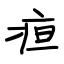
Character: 疸